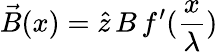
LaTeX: \vec{B}(x)=\hat{z}\, B\, f^{\prime}(\frac{x}{\lambda})